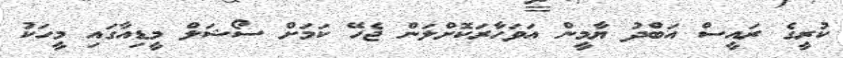
ކުރީގެ ރައީސް އަބްދު ޔާމީން އަވަހާރަކޮށްލަން ޖެހޭ ކަމަށް ސޯޝަލް މީޑިއާގައި މީހަކު